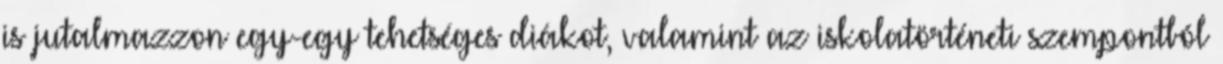
is jutalmazzon egy-egy tehetséges diákot, valamint az iskolatörténeti szempontból